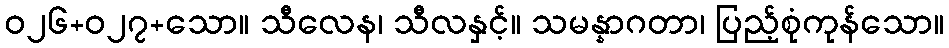
ဝ၂၆+၀၂၇+သော။ သီလေန၊ သီလနှင့်။ သမန္နာဂတာ၊ ပြည့်စုံကုန်သော။